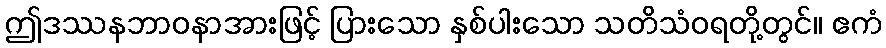
ဤဒဿနဘာဝနာအားဖြင့် ပြားသော နှစ်ပါးသော သတိသံဝရတို့တွင်။ ဧကံ